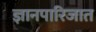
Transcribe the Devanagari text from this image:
ज्ञानपारिजात